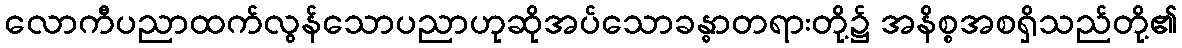
လောကီပညာထက်လွန်သောပညာဟုဆိုအပ်သောခန္ဓာတရားတို့၌ အနိစ္စအစရှိသည်တို့၏